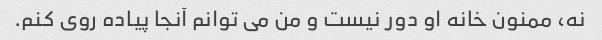
نه، ممنون خانه او دور نیست و من می توانم آنجا پیاده روی کنم.